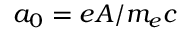
a _ { 0 } = e A / m _ { e } c